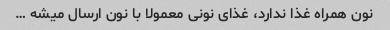
نون همراه غذا ندارد، غذای نونی معمولا با نون ارسال میشه …